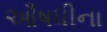
ઔષધીના